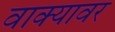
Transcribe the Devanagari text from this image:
वाक्यावर